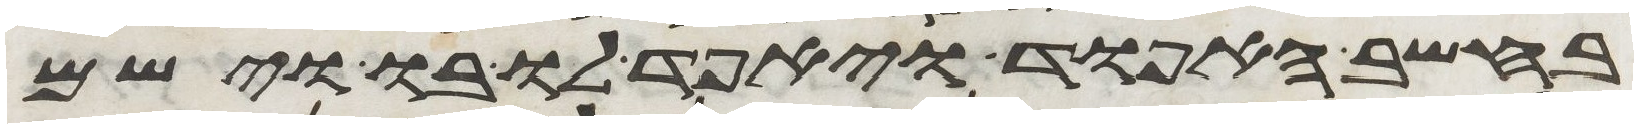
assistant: בחשב האפוד ויאפד לו בו וישם